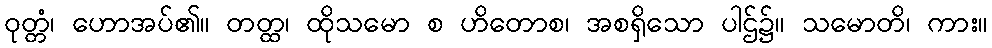
ဝုတ္တံ၊ ဟောအပ်၏။ တတ္ထ၊ ထိုသမော စ ဟိတောစ၊ အစရှိသော ပါဌ်၌။ သမောတိ၊ ကား။